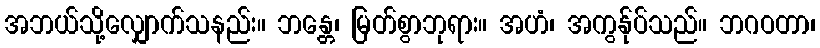
အဘယ်သို့လျှောက်သနည်း။ ဘန္တေ၊ မြတ်စွာဘုရား။ အဟံ၊ အကွန်ုပ်သည်။ ဘဂဝတာ၊